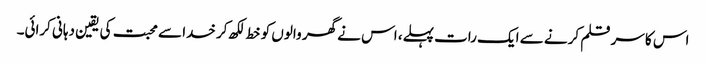
اس کا سر قلم کرنے سے ایک رات پہلے، اس نے گھر والوں کو خط لکھ کر خدا سے محبت کی یقین دہانی کرائی۔